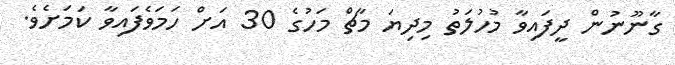
ގާނޫނުން ދީފައިވާ މުހުލަތު މިދިޔަ މާޗް މަހުގެ 30 އަށް ހަމަވެފައިވާ ކަމަށެވެ.